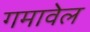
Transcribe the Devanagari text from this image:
गमावेल